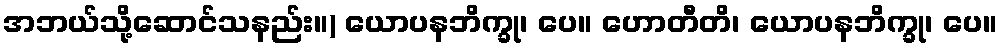
အဘယ်သို့ဆောင်သနည်း။) ယောပနဘိက္ခု၊ ပေ။ ဟောတီတိ၊ ယောပနဘိက္ခု၊ ပေ။